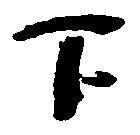
下